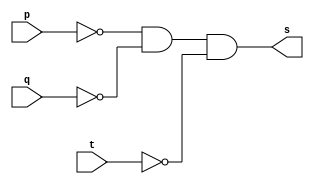
// --Exercicio 4
// --Nome: Gabriel Benjamim de Carvalho
// --Matricula: 396690


// --AND GATE

module ANDgate (s, p, q, t );
 output s;
 input  p, q, t ;

 assign s = ~p & ~q & ~t;

endmodule // --AND GATE

// -- TESTE AND GATE


module testeandgate;
 reg   a, b, c;
 wire  s;

 ANDgate AND1 (s, a, b, c);
 
          
 initial begin
      $display("Exercicio 3 - Gabriel Benjamim de Carvalho - 396690");
      $display("Teste AND gate");
      $display("\na & b & c = s\n");
		$monitor("%b & %b & %b = %b", a, b, c, s); 
      #1 a=0; b=0;c=0;
      #1 a=0; b=0;c=1;
 		#1 a=0; b=1;c=0;
		#1 a=0; b=1;c=1;
		#1 a=1; b=0;c=0;
		#1 a=1; b=0;c=1;
		#1 a=1; b=1;c=0;
		#1 a=1; b=1;c=1;
 end

endmodule // testeANDgate

/*
	TESTE
	
    Exercicio 3 - Gabriel Benjamim de Carvalho - 396690
    Teste AND gate
    
    a & b & c = s
    
    x & x & x = x
    0 & 0 & 0 = 1
    0 & 0 & 1 = 0
    0 & 1 & 0 = 0
    0 & 1 & 1 = 0
    1 & 0 & 0 = 0
    1 & 0 & 1 = 0
    1 & 1 & 0 = 0
    1 & 1 & 1 = 0
    

   
	
	    
     ----jGRASP: operation complete.



*/